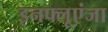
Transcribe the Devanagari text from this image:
इनफ्लूएंजा